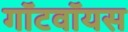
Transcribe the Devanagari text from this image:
गॉटवॉयस